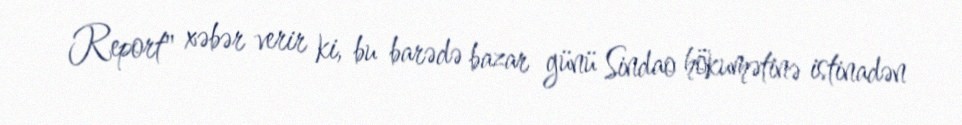
Report" xəbər verir ki, bu barədə bazar günü Sindao hökumətinə istinadən